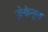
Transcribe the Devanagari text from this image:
ज़ेनोप्नूस्त